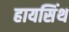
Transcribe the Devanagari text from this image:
हायसिंथ